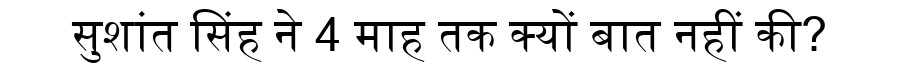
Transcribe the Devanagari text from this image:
सुशांत सिंह ने 4 माह तक क्यों बात नहीं की?